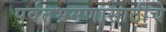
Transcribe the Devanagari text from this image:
पर्वतभ्रमणासाठीचे